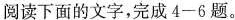
阅读下面的文字，完成4-6题。